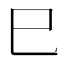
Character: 巳